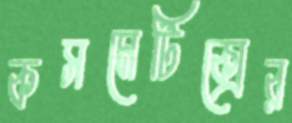
কসমেটিক্সের